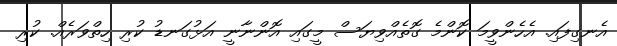
އެނގިފައި. އެހެންވީމަ ކޮންމެ ގޮތެއްވިޔަސް މީގައި އޮންނާނީ އަޅުގަނޑު ކުރި ހިތްވަރެއް. ކުރި